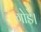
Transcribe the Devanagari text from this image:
गोडे।